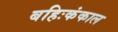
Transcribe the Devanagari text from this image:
बहिःकंकाल